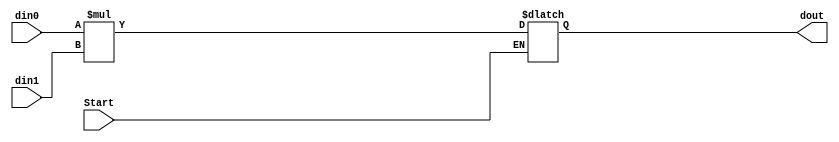
`timescale 1ns / 1ps
//////////////////////////////////////////////////////////////////////////////////
// Company: 
// Engineer: 
// 
// Design Name: 
// Module Name: multiplicator
// Project Name: 
// Target Devices: 
// Tool Versions: 
// Description: 
// 
// Dependencies: 
// 
// Revision:
// Revision 0.01 - File Created
// Additional Comments:
// 
//////////////////////////////////////////////////////////////////////////////////


module multiplicator(Start, din0, din1, dout);
input Start;
input [3:0] din0, din1;
output reg [7:0] dout;

always@(*)
begin
    if(Start) dout = din0 * din1;
    else dout = dout;
end

endmodule